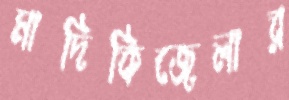
মাদিকিজেলার